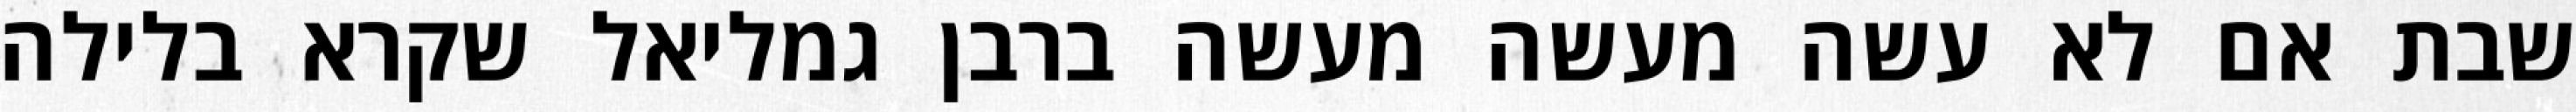
שבת אם לא עשה מעשה מעשה ברבן גמליאל שקרא בלילה